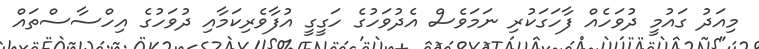
މިއަދު ގައުމީ ދުވަހެއް ފާހަގަކުރި ނަމަވެސް އެދުވަހުގެ ހަގީގީ އުފާވެރިކަަމާއި ދުވަހުގެ އިހްސާސްތައް